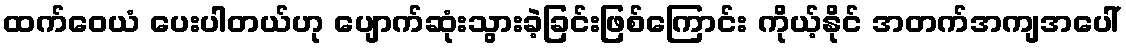
ထက်ဝေယံ ပေးပါတယ်ဟု ပျောက်ဆုံးသွားခဲ့ခြင်းဖြစ်ကြောင်း ကိုယ့်နိုင် အတက်အကျအပေါ်